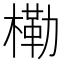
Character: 𭫤